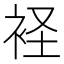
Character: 𧙔